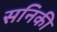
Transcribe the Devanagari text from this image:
सनिकी